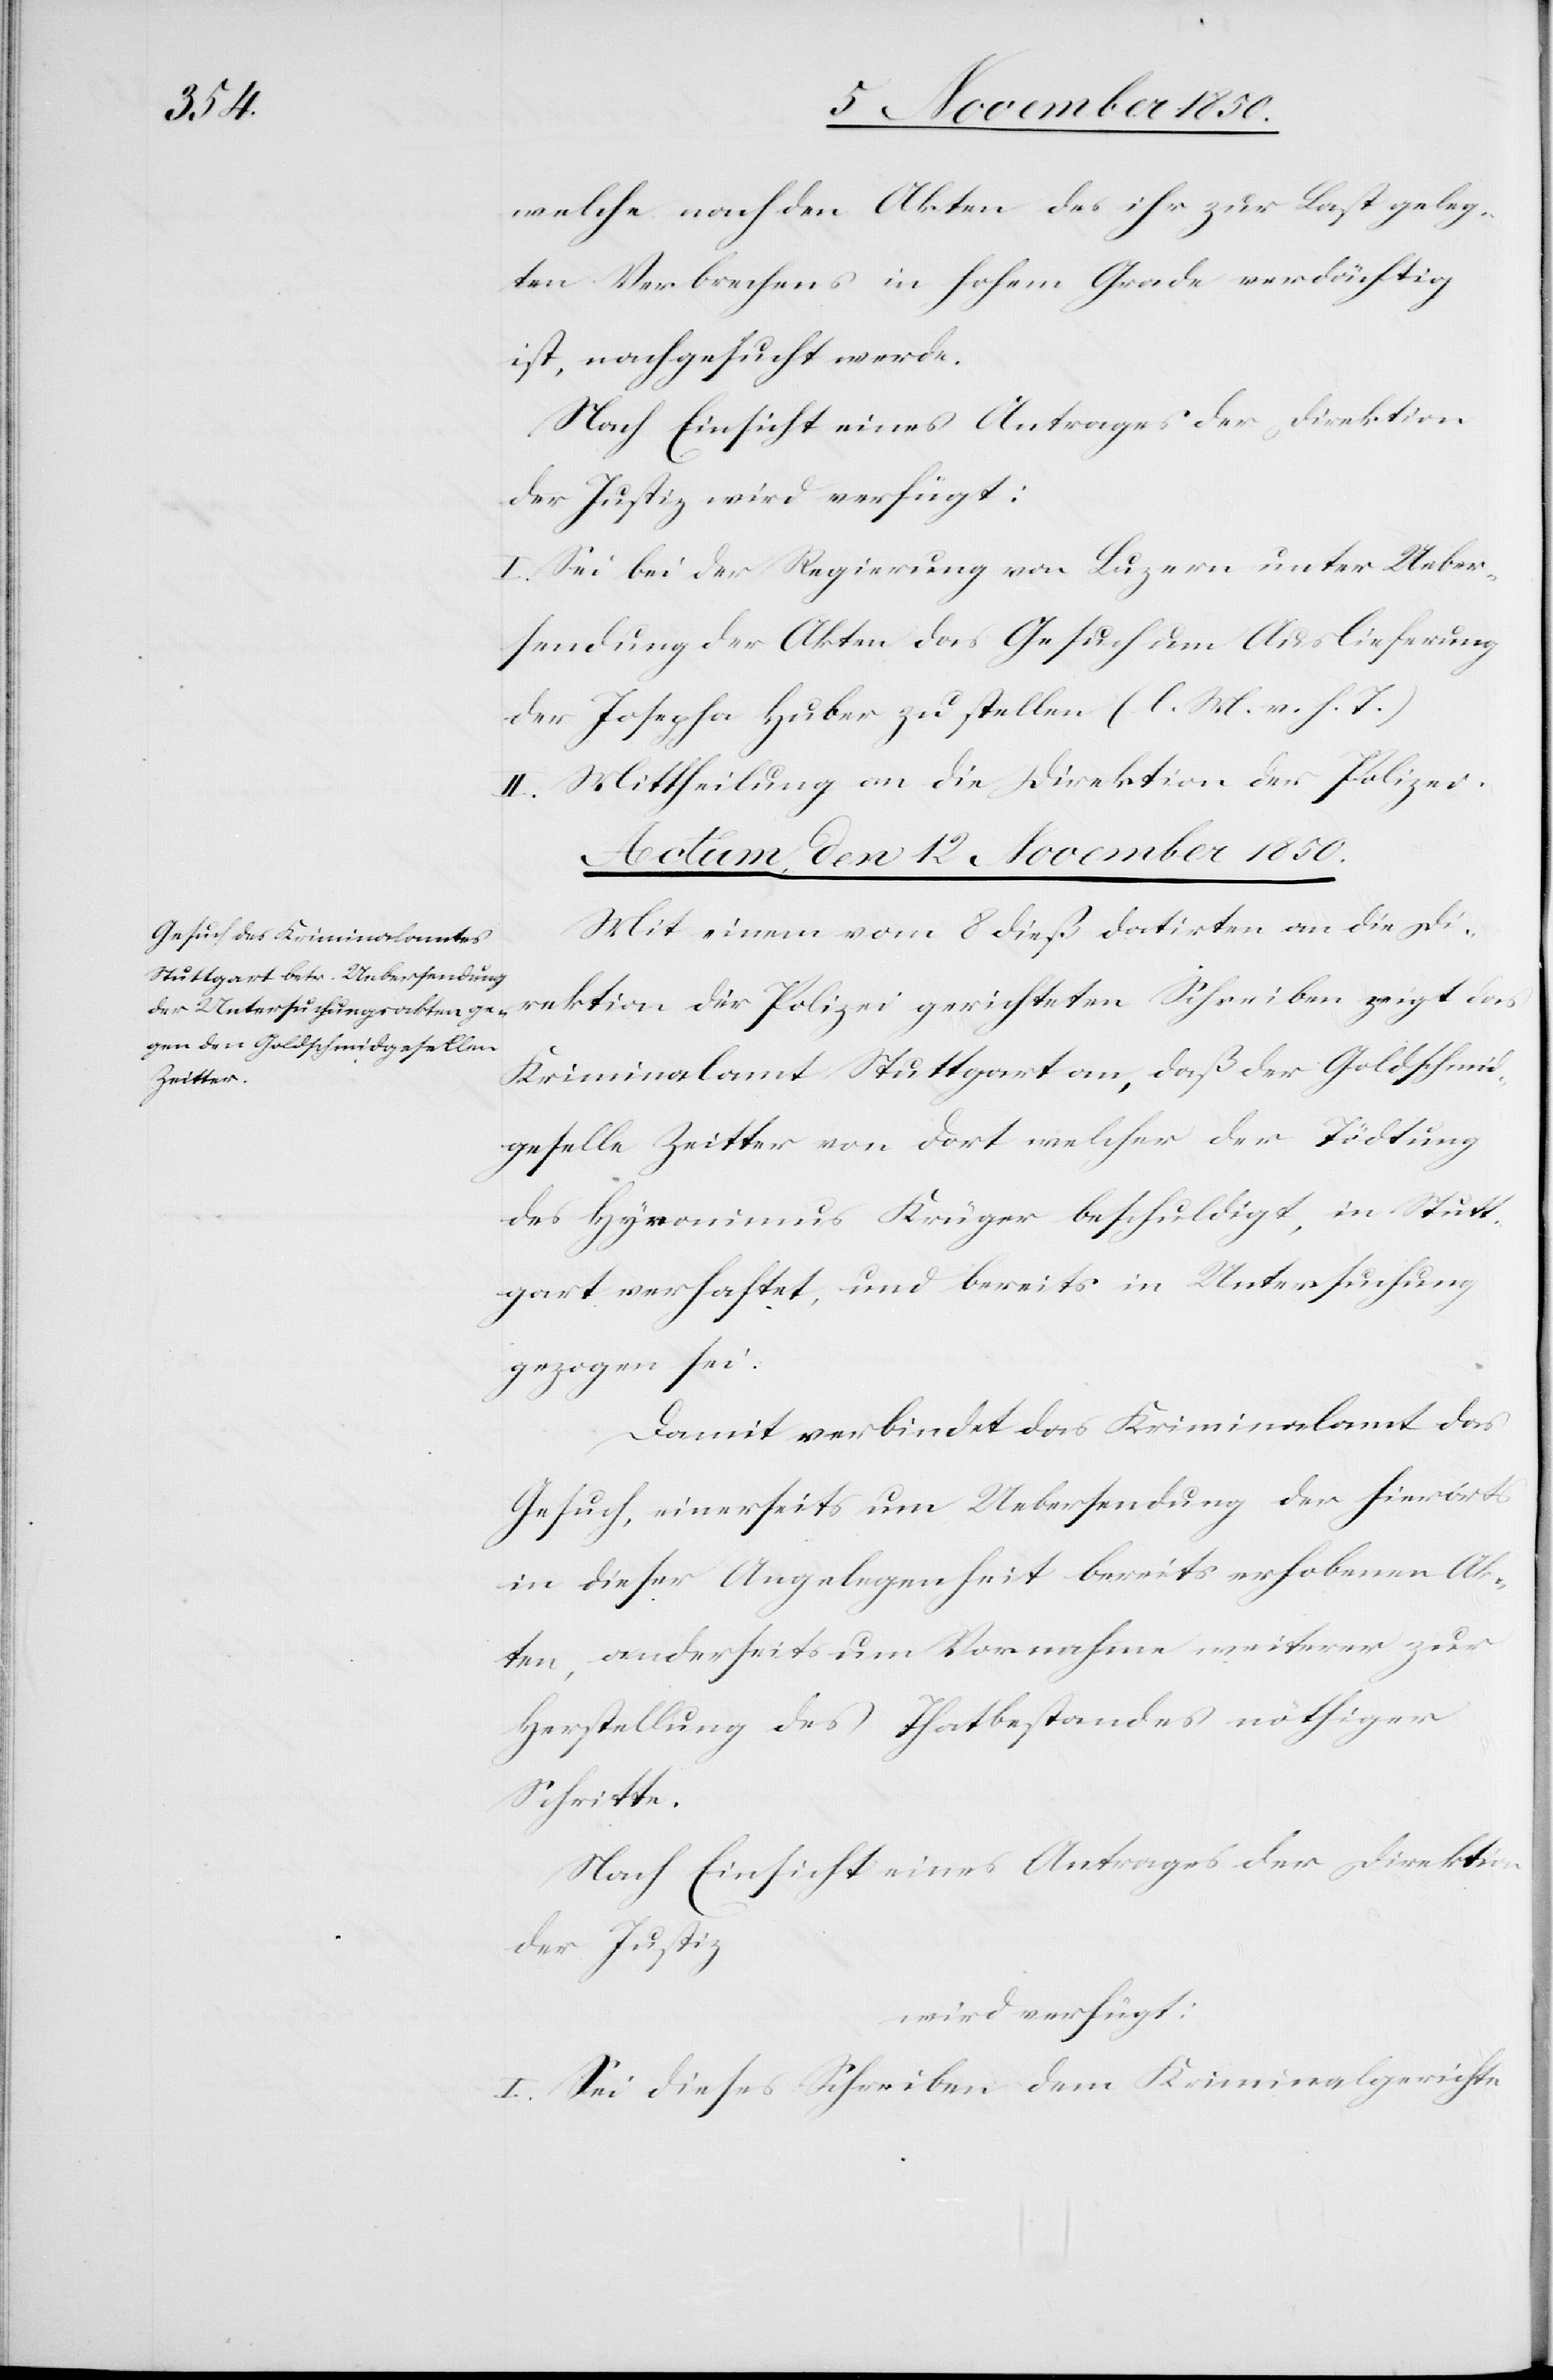
welche nach den Akten des ihr zur Last geleg¬
ten Verbrechens in hohem Grade verdächtig
ist, nachgesucht werde.
Nach Einsicht eines Antrages der Direktion
der Justiz wird verfügt:
I. Sei bei der Regierung von Luzern unter Ueber¬
sendung der Akten das Gesuch um Auslieferung
der Josepha Huber zu stellen (l. M. v. h. T.)
II. Mittheilung an die Direktion der Polizei.
Actum, den 12 November 1850.
Mit einem vom 8 dieß datirten an die Di¬
rektion der Polizei gerichteten Schreiben zeigt das
Kriminalamt Stuttgart an, daß der Golschmid¬
geselle Zeitter von dort welcher der Tödtung
des Hyronimus Krüger beschuldigt, in Stutt¬
gart verhaftet, und bereits in Untersuchung
gezogen sei.
Damit verbindet das Kriminalamt das
Gesuch, einerseits um Uebersendung der hierorts
in dieser Angelegenheit bereits erhobenen Ak¬
ten, anderseits um Vornahme weiterer zur
Herstellung des Thatbestandes nöthiger
Schritte.
der Justiz
wird verfügt:
I. Sei dieses Schreiben dem Kriminalgerichte